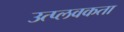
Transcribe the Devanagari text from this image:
उत्प्लवकता